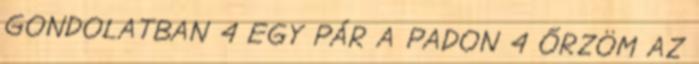
GONDOLATBAN 4 EGY PÁR A PADON 4 ŐRZÖM AZ